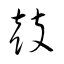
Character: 鼓